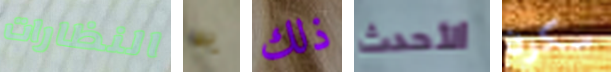
النظارات به ذلك الأحدث سكون